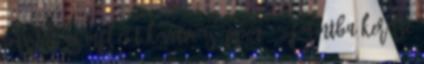
pusztán az inflációt követve is éppen 300 forintba kerülne